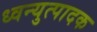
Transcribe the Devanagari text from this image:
ध्वन्युत्पादक